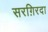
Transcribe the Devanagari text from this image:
सरग़िरदा